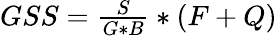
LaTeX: \begin{array}{r}{GSS=\frac S{G*B}*(F+Q)}\end{array}